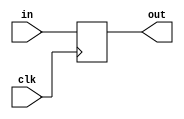
module fareggopulse(
input in,
input clk,
output reg out
);
always@(posedge clk)
begin
out=in;
end
endmodule